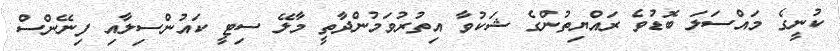
ކުނީގެ މައްސަލަ ބޮޑުވެ ރައްޔިތުންގެ ޝަކުވާ އިތުރުވަމުންދާތީ މާލޭ ސިޓީ ކައުންސިލާއި ފިނޭންސް